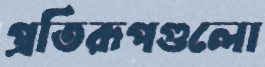
প্রতিরূপগুলো